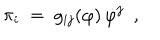
LaTeX: \pi _ { i } ~ = ~ g _ { i j } ( \varphi ) \, \dot { \varphi } ^ { j } ~ ~ ,